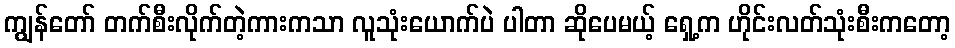
ကျွန်တော် တက်စီးလိုက်တဲ့ကားကသာ လူသုံးယောက်ပဲ ပါတာ ဆိုပေမယ့် ရှေ့က ဟိုင်းလတ်သုံးစီးကတော့